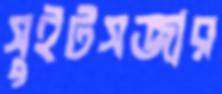
সুইটসজার